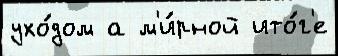
ухо́дом а м'и́рной ито́г'е